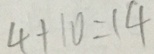
4 + 1 0 = 1 4